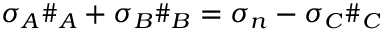
\sigma _ { A } \# _ { A } + \sigma _ { B } \# _ { B } = \sigma _ { n } - \sigma _ { C } \# _ { C }